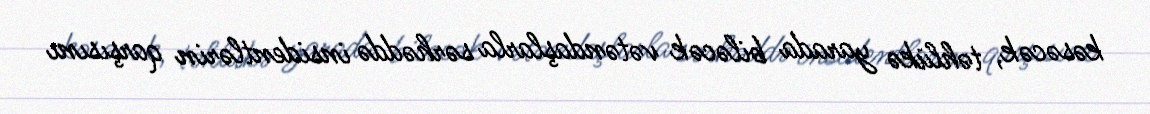
kəsəcək, təhlükə yarada biləcək vətəndaşlarla sərhəddə insidentlərin qarşısını